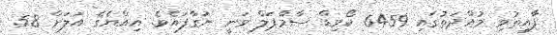
ފާއިތުވި މުއްދަތުގައި 6459 ކޯވިޑް ސާމްޕަލް ވަނީ ނަގާފައެވެ. އިއްޔެގެ އަލަށް 58